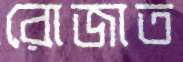
রোজাত